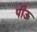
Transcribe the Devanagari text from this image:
पीऊ